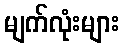
မျက်လုံးများ